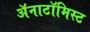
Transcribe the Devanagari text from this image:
अॅनाटॉमिस्ट